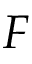
F